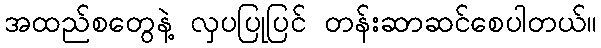
အထည်စတွေနဲ့ လှပပြုပြင် တန်းဆာဆင်စေပါတယ်။